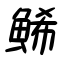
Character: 鯑